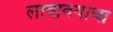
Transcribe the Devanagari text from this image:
लावावयाचा